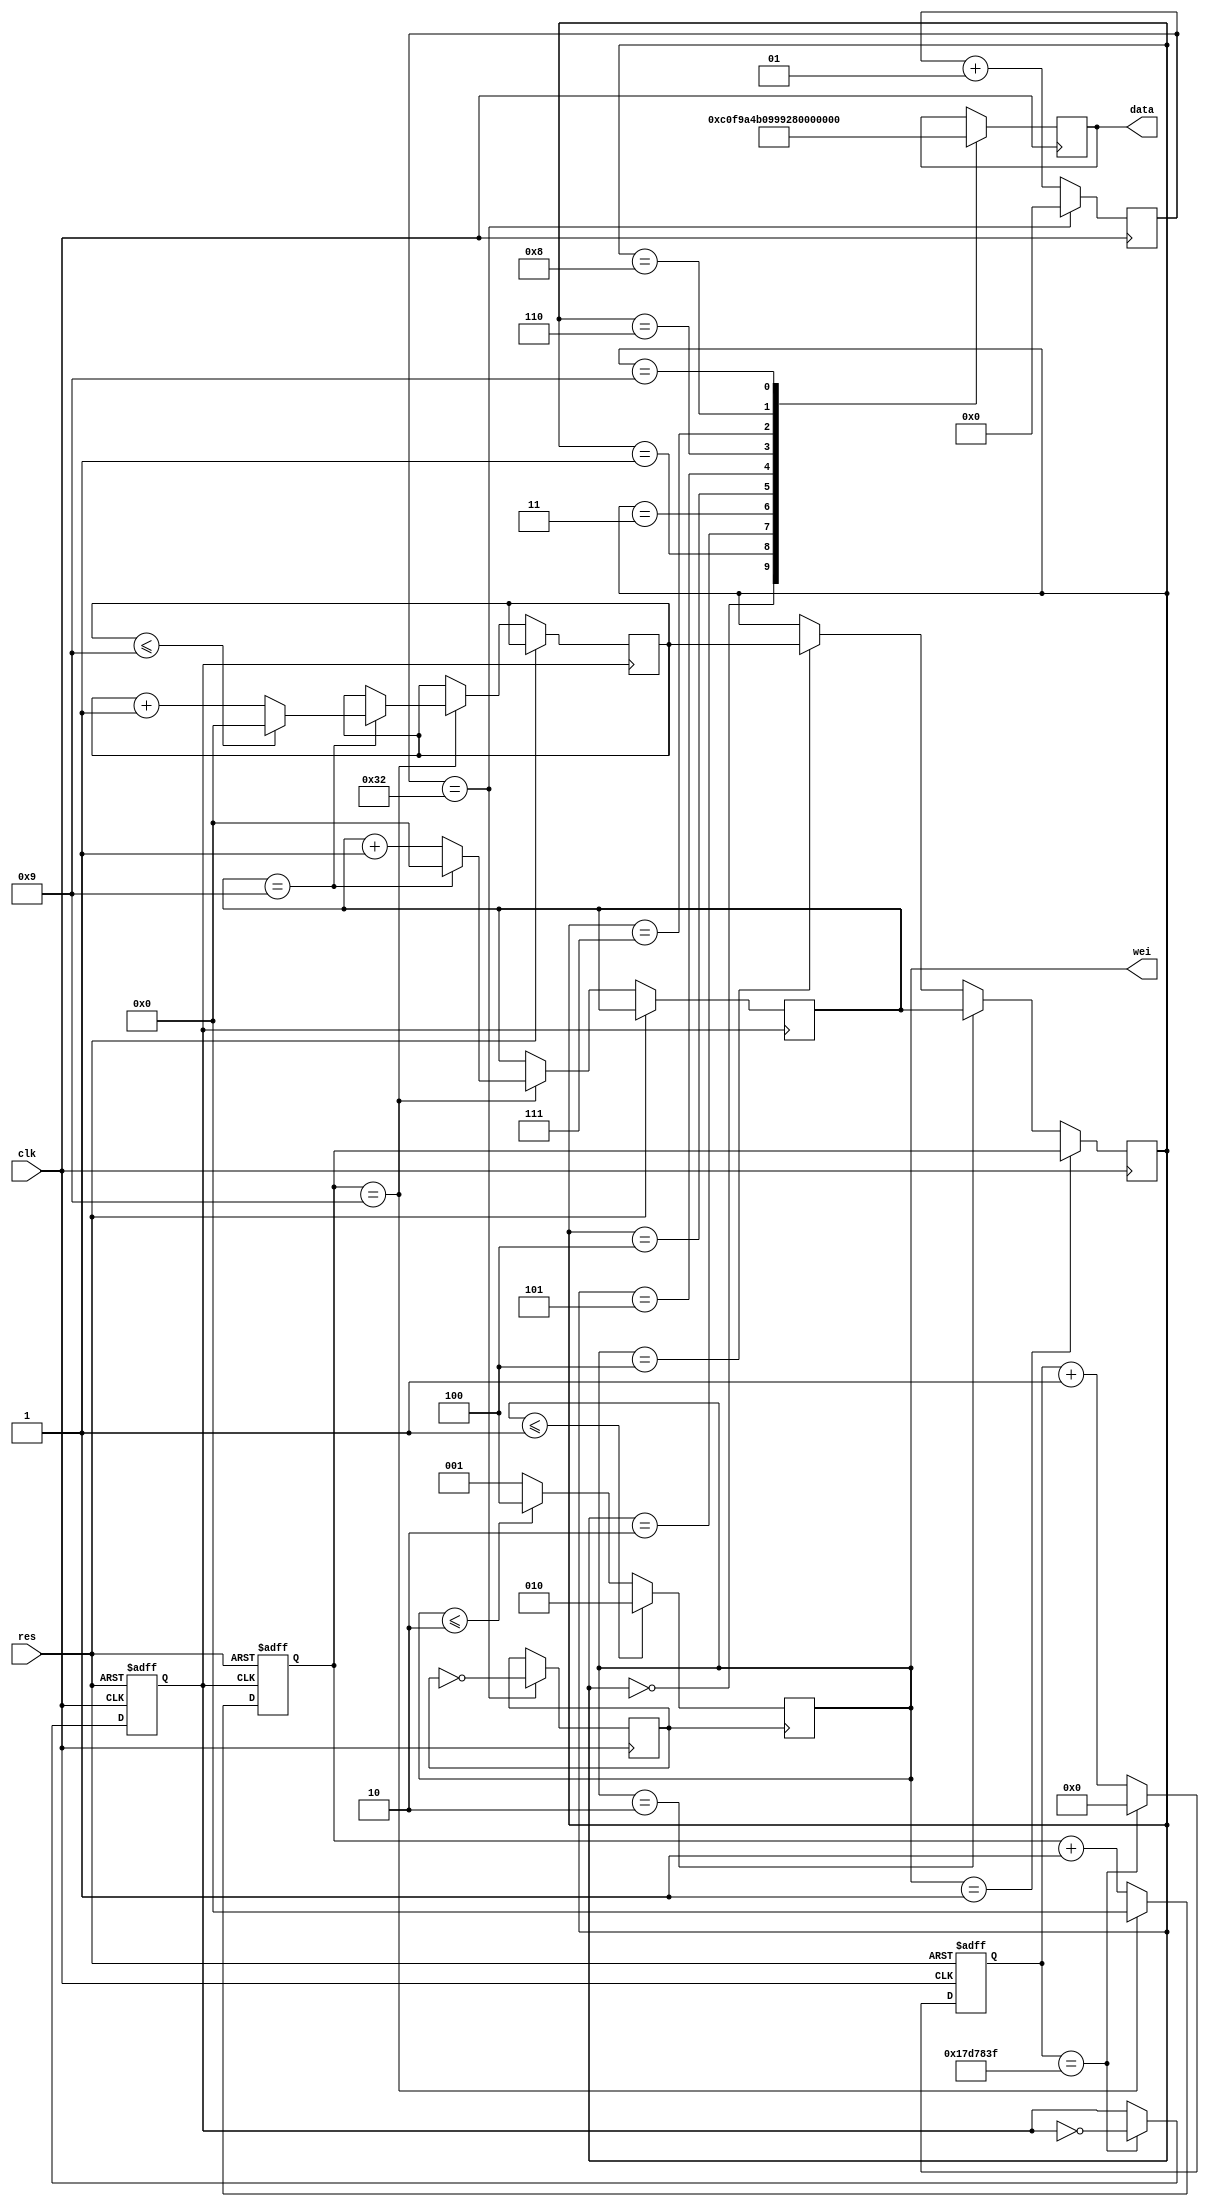
module shuma(clk,data,res,wei);
	 input clk,res;
	 output[7:0] data;
	 output[2:0] wei;
	 reg[7:0] data;
	 reg clk1,clk2;
	 reg[2:0] wei;
	 reg[25:0] a;
	 reg[3:0] ge,shi,bai,shu;
	 integer cout2;
always@(posedge clk or posedge res)
	   if(res)
		  begin
		   a<=26'd0;
			clk1<=1'b0;
	     end
		else if(a==26'd24999999)
		   begin
				 a<=26'd0;
			    clk1<=~clk1;
			end
	   else
		   a<=a+1;
always@(posedge clk )
		   case(shu)
			  4'd0:data<=~(8'b00111111);
           4'd1:data<=~(8'b00000110);
			  4'd2:data<=~(8'b01011011);
			  4'd3:data<=~(8'b01001111);
			  4'd4:data<=~(8'b01100110);
			  4'd5:data<=~(8'b01101101);
			  4'd6:data<=~(8'b01111101);
			  4'd7:data<=~(8'b00000111);
			  4'd8:data<=~(8'b01111111);
			  4'd9:data<=~(8'b01101111);
		   endcase
always@(posedge clk1 or posedge res)
      if(res)
		    ge<=0;
	   else if(ge==4'd9)
		    begin
		     ge<=0;
			  if(shi==4'd9)
			     begin
			      shi<=4'd0;
				   if(bai<=9)
					  bai<=4'd0;
					else
					  bai<=bai+1;
				  end
			  else
			    shi<=shi+1;
			 end	     
		else
		    ge<=ge+1;
always @ (posedge clk)
begin
	if (cout2==50)
		begin
		clk2<=~clk2;
		cout2=0;
		end
	else
		cout2=cout2+1;
end

always @ (posedge clk2)
begin
   if(wei<=3'b001)
	   wei<=3'b010;
   else if(wei<=3'b010)
	   wei<=3'b100;
	else
	wei<=3'b001;
end
always@(posedge clk)
     if(wei==3'b001)
	     shu<=ge;
	  else if(wei==3'b010)
	     shu<=shi;
	  else if(wei==3'b100)
	     shu<=bai;
endmodule